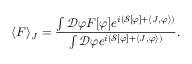
\langle F \rangle _ { J } = { \frac { \int { \mathcal { D } } \varphi F [ \varphi ] e ^ { i \left( { \mathcal { S } } [ \varphi ] + \langle J , \varphi \rangle \right) } } { \int { \mathcal { D } } \varphi e ^ { i \left( { \mathcal { S } } [ \varphi ] + \langle J , \varphi \rangle \right) } } } .